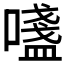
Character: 𫫷